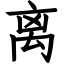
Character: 离